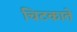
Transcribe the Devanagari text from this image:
चिटकाते